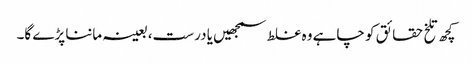
کچھ تلخ حقائق کو چاہے وہ غلط سمجھیں یا درست، بعینہ ماننا پڑے گا۔